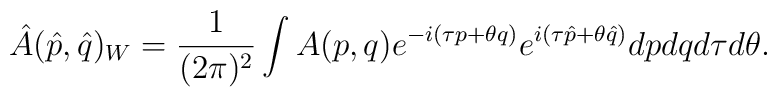
\hat{A}(\hat{p},\hat{q}) _{W} = \frac{1}{(2\pi )^{2}}\int A(p,q) e^{-i(\tau p +\theta q)} e^{i(\tau\hat{p} + \theta \hat{q})} dpdqd\tau d\theta .